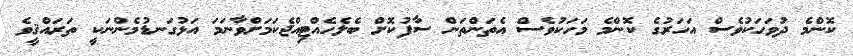
ކޮންމެ ދުވަހަކުވެސް އަހަރުގެ ކޮންމެ މަހަކުވެސް އެތަންތަން ސާފުކޮށް ބެލެހެއްޓިއްޖެކަމަށްވާނަމަ އަޅުގަނޑުމެންނަކީ ތަރައްޤީވެ